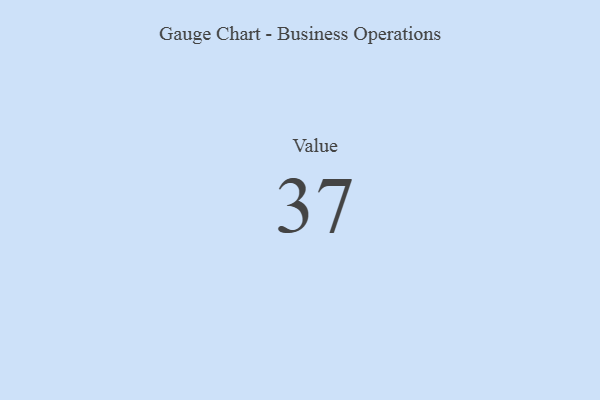
{"axis": {"x": "Metric", "y": "Value"}, "legend": [""], "data": [{"x": "Value", "y": 37, "type": ""}]}